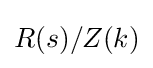
R(s)/Z(k)